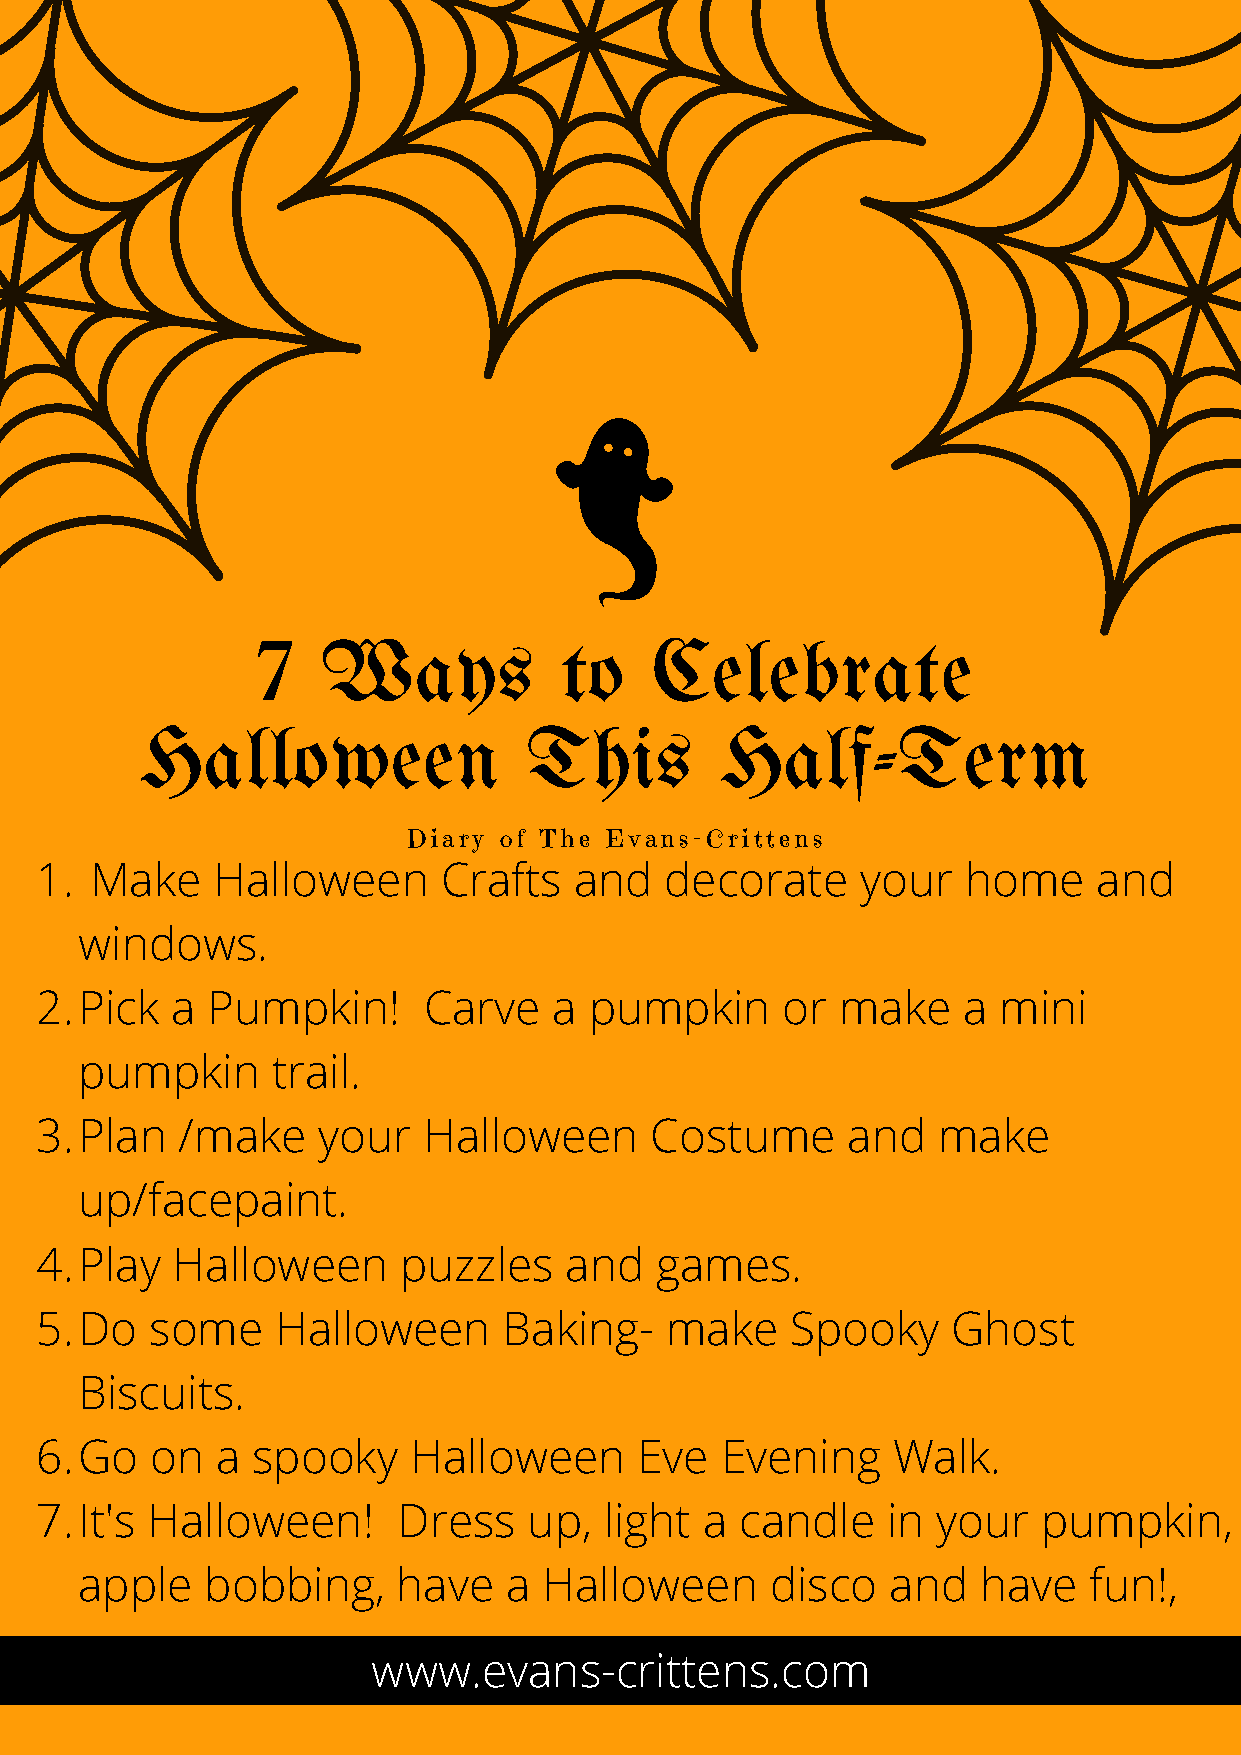
7   Ways            to    Celebrate
 Halloween                 This         Half-Term
 Diary of The Evans-Crittens
 1.  Make    Halloween      Crafts   and   decorate     your   home     and
 windows.
 2.Pick   a  Pumpkin!      Carve    a pumpkin      or  make    a mini
 pumpkin      trail.
 3.Plan    /make    your   Halloween      Costume      and   make
 up/facepaint.
 4.Play   Halloween      puzzles    and   games.
 5.Do    some    Halloween      Baking-    make    Spooky     Ghost
 Biscuits.
 6.Go    on  a  spooky    Halloween      Eve   Evening    Walk.
 7.It's  Halloween!      Dress    up,  light  a candle    in your   pumpkin,
 apple    bobbing,    have   a  Halloween      disco   and   have   fun!,
 www.evans-crittens.com